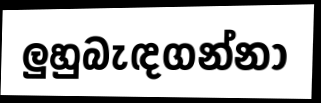
ලුහුබැඳගන්නා